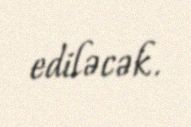
ediləcək.